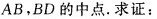
AB，BD的中点。求证：